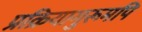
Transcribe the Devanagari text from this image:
प्रक्रियागुरूमपि